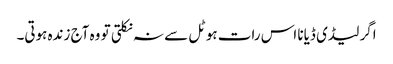
اگر لیڈی ڈیانا اس رات ہوٹل سے نہ نکلتی تو وہ آج زندہ ہوتی۔